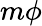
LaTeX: m\phi